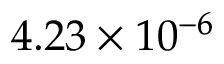
4 . 2 3 \times 1 0 ^ { - 6 }